Document type: Emphyteutic lease
Year: 1295
Scribe: Pere de Noguera, prevere
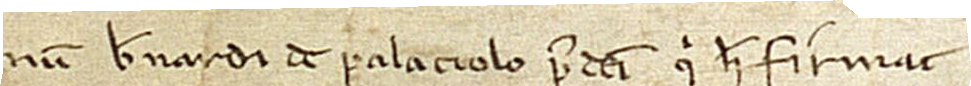
num Bernardi de Palaciolo predicti, qui hec firmat.